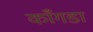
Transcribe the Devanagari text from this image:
काँगडा